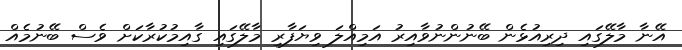
އޭނާ މާލޭގައި ދިރިއުޅެން ބޭނުންނުވާއިރު އަމިއްލަ ވިޔަފާރި މާލޭގައި ގާއިމުކުރާކަށް ވެސް ބޭނުމެއް